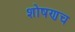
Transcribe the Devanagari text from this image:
शोषणच